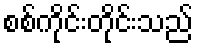
စစ်ကိုင်းတိုင်းသည်